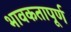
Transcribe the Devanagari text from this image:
भावकतापूर्ण